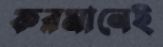
ফরমানেই